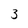
Character: 3